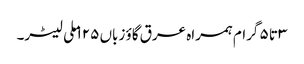
۳ تا ۵ گرام ہمراہ عرق گاؤ زباں ۱۲۵ ملی لیٹر۔